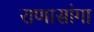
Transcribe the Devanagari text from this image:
राणासांगा